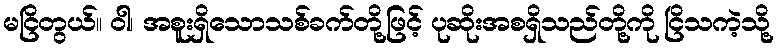
မငြိတွယ်။ ဝါ၊ အစူးရှိသောသစ်ခက်တို့ဖြင့် ပုဆိုးအစရှိသည်တို့ကို ငြိသကဲ့သို့